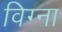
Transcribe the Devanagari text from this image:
विग्ना